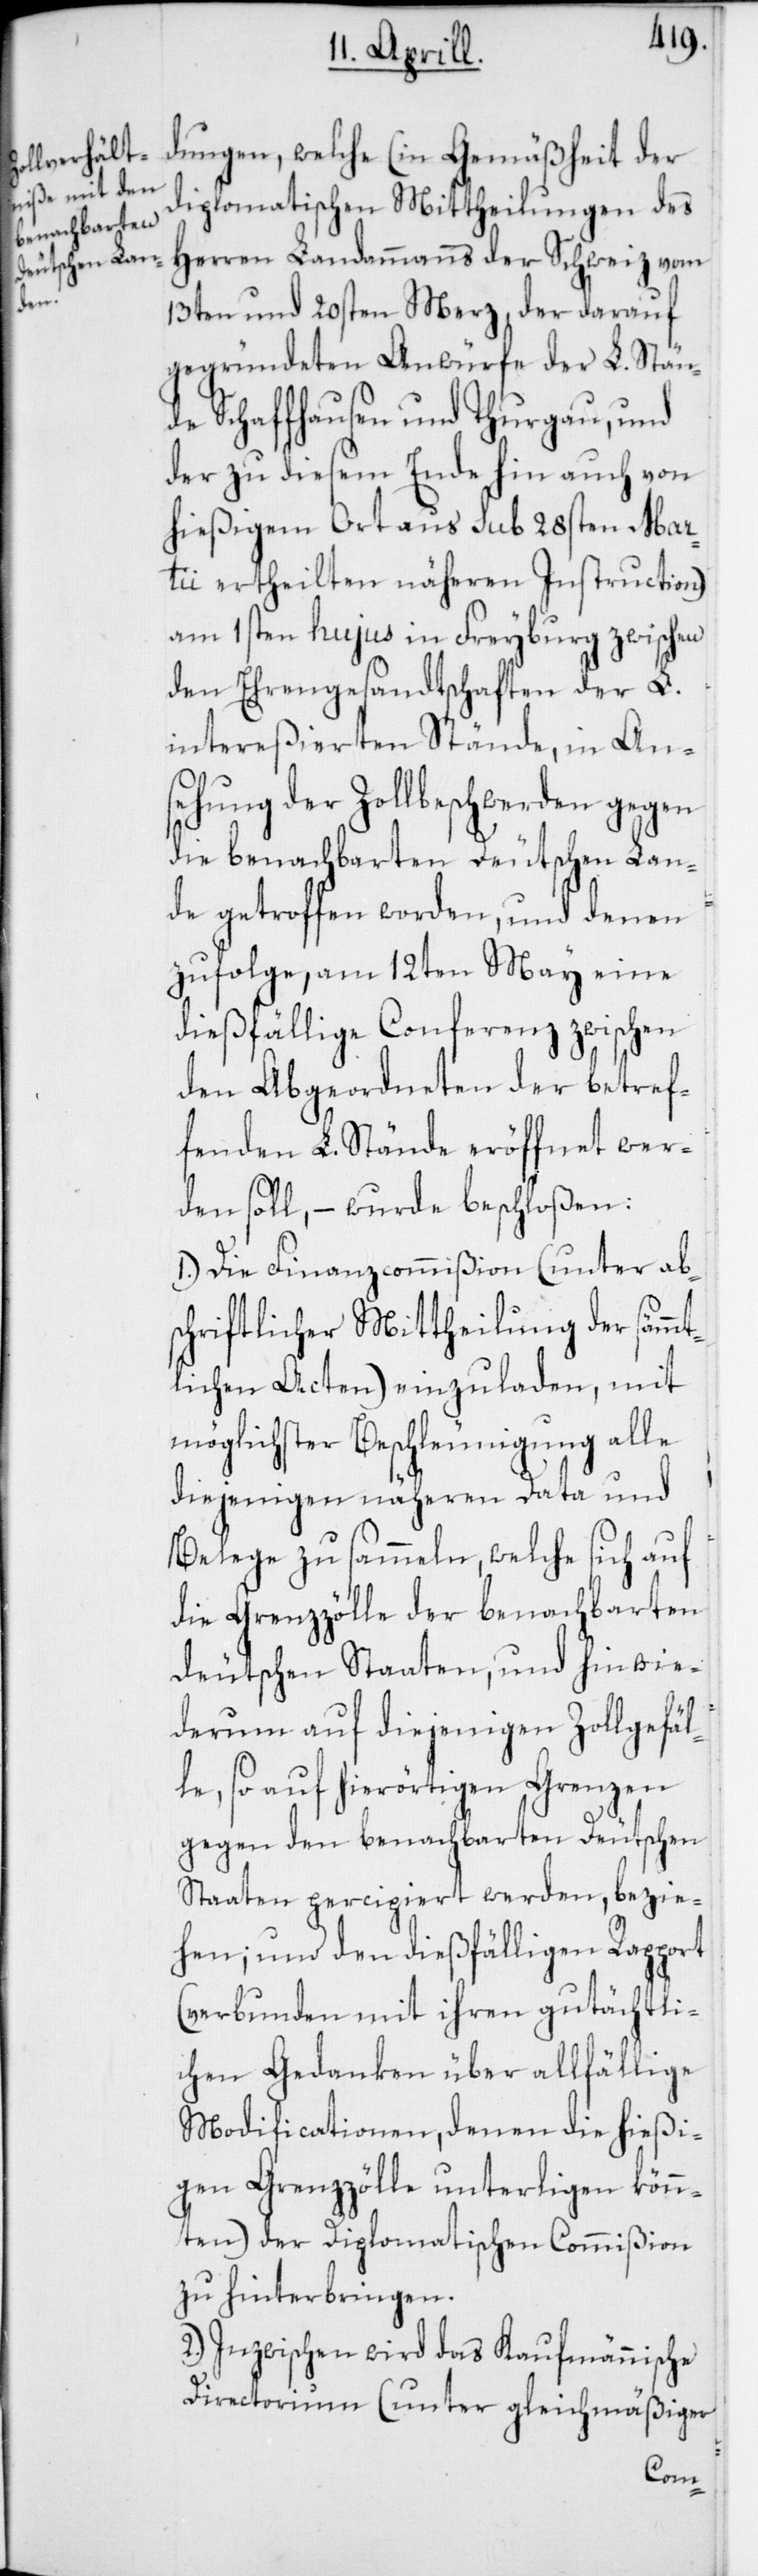
diplomatischen Mittheilungen des
Herren Landammanns der Schweiz vom
der
13ten und 20sten Merz, der darauf
gegründeten Anwürfe der L. Stän¬
de Schaffhausen und Thurgau, und
der zu diesem Ende hin auch von
hießigem Ort aus sub 28sten Mar¬
tii ertheilten näheren Instruction)
am 1sten hujus in Freyburg zwischen
den Ehrengesandtschaften der L.
intereßierten Stände, in An¬
sehung der Zollbeschwerden gegen
die benachbarten Deutschen Lan¬
de getroffen worden, und denen
zufolge, am 12ten May eine
dießfällige Conferenz zwischen
den Abgeordneten der betref¬
fenden L. Stände eröffnet wer¬
den soll, – wurde beschloßen:
1.) Die Finanzcommißion (unter ab¬
schriftlicher Mittheilung der sämmt¬
lichen Acten) einzuladen, mit
möglichster Beschleunigung alle
diejenigen näheren Data und
Belege zu sammeln, welche sich auf
die Grenzzölle der benachbarten
deutschen Staaten, und hinwie¬
derum auf diejenigen Zollgefäl¬
le, so auf hierörtigen Grenzen
gegen den benachbarten Deutschen
Staaten percipiert werden, bezie¬
hen; und den dießfälligen Rapport
(verbunden mit ihren gutächtli¬
chen Gedanken über allfählige
Modificationen, denen die hießi¬
gen Grenzzölle unterligen könn¬
ten) der Diplomatischen Commißion
zu hinterbringen.
2.) Inzwischen wird das Kaufmännische
Directorium (unter gleichmäßiger